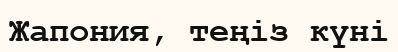
Жапония, теңіз күні